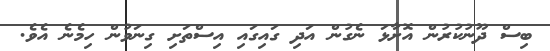
ބިސް ދޫނުކުރުން އޮށާޅަ ނެގުން އަދި ގައިގައި އިސްތަށި ގިނަވުން ހިމެނެ އެވެ.